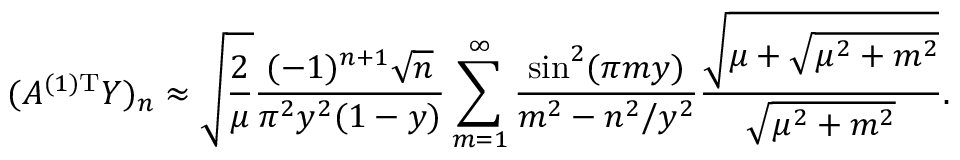
( A ^ { ( 1 ) \mathrm { T } } Y ) _ { n } \approx \sqrt { \frac { 2 } { \mu } } \frac { ( - 1 ) ^ { n + 1 } \sqrt { n } } { \pi ^ { 2 } y ^ { 2 } ( 1 - y ) } \sum _ { m = 1 } ^ { \infty } \frac { \sin ^ { 2 } ( \pi m y ) } { m ^ { 2 } - n ^ { 2 } / y ^ { 2 } } \frac { \sqrt { \mu + \sqrt { \mu ^ { 2 } + m ^ { 2 } } } } { \sqrt { \mu ^ { 2 } + m ^ { 2 } } } .